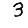
Digit: 3